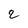
Character: 2